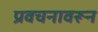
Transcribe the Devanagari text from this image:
प्रवचनावरून